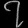
Digit: ၇